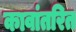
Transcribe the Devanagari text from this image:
कावांतरित